Lunatic asylums Bombay report 1878-1890 - 1878-1890
Year: 1878
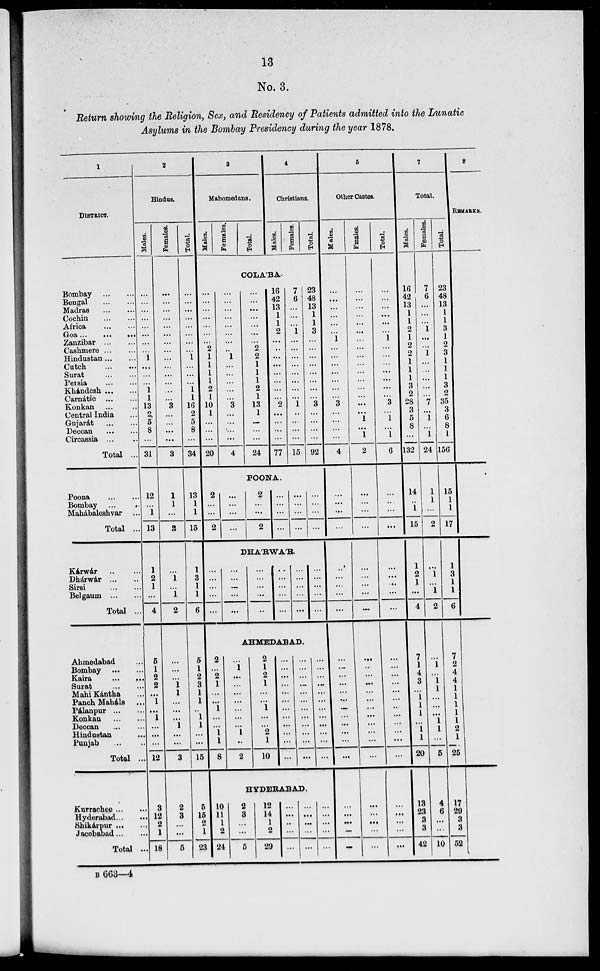
13
No. 3.
Return showing the Religion, Sex, and Residency of Patients admitted into the Lunatic
Asylums in the Bombay Presidency during the year 1878.
1
DISTRICT.
Bombay
...
...
Bengal
...
...
Madras
...
...
Cochin
...
...
Africa
...
...
Goa...
...
...
Zanzibar
...
...
Cashmere ... ...
Hindustan ... ...
Cutch
...
...
Surat
...
...
Persia
...
...
Khándesh ... ...
Carnátic ... ...
Konkan ... ...
Central India ...
Gujarat
...
...
Deccan
...
...
Circassia ... ...
Total ...
Poona
...
...
Bombay ... ...
Mahábaleshvar ...
Total ...
Kárwár ... ...
Dhárwár ... ...
Sirsi
...
...
Belgaum ... ...
Total ...
Ahmedabad ...
Bombay
...
...
Kaira
...
...
Surat
...
...
Mahi Kántha ...
Panch Maháls ...
Pálanpur...
...
Konkan
...
...
Deccan
...
...
Hindustan ...
Punjab ... ...
Total ...
Kurrachee ... ...
Hyderabad... ...
Shikárpur ... ...
Jacobabad... ...
Total ...
2
Hindus.
Males.
...
...
...
...
...
...
...
...
1
...
...
...
1
1
13
2
5
8
...
31
12
...
1
13
1
2
1
...
4
5
1
2
2
...
1
...
1
...
...
...
12
3
12
2
1
18
Females.
...
...
...
...
...
...
...
...
...
...
...
...
...
...
3
...
...
...
...
3
1
1
...
2
...
1
...
1
2
...
...
...
1
1
...
...
...
1
...
...
3
2
3
...
...
5
Total.
...
...
...
...
...
...
...
...
1
...
...
...
1
1
16
2
5
8
...
34
13
1
1
15
1
3
1
1
6
5
1
2
3
1
1
...
1
1
...
...
15
5
15
2
1
23
3
Mahomedans.
Males.
Females.
Total.
4
Christians.
Males.
Females.
Total.
COLA'BA.
...
...
...
...
...
...
...
2
1
1
1
1
2
1
10
1
...
...
...
20
...
...
...
...
...
...
...
...
1
...
...
...
...
...
3
...
...
...
...
4
...
...
...
...
...
...
...
2
2
1
1
1
2
1
13
1
...
...
...
24
16
42
13
1
1
2
...
...
...
...
...
...
...
...
2
...
...
...
...
77
7
6
...
...
...
1
...
...
...
...
...
...
...
...
1
...
...
...
...
15
23
48
13
1
1
3
...
...
...
...
...
...
...
...
3
...
...
...
...
92
POONA.
2
...
...
2
...
...
...
...
2
...
...
2
...
...
...
...
...
...
...
...
...
...
...
...
DHA'RWA'R.
...
...
...
...
...
...
...
...
...
...
...
...
...
...
...
...
...
...
...
...
...
...
...
...
...
...
...
...
...
...
AHMEDABAD.
2
...
2
1
...
...
1
...
...
1
1
8
...
1
...
...
...
...
...
...
...
1
...
2
2
1
2
1
...
...
1
...
...
2
1
10
...
...
...
...
...
...
...
...
...
...
...
...
...
...
...
...
...
...
...
...
...
...
...
...
...
...
...
...
...
...
...
...
...
...
...
...
HYDERABAD.
10
11
1
2
24
2
3
...
...
5
12
14
1
2
29
...
...
...
...
...
...
...
...
...
...
...
...
...
...
...
5
Other Castes.
Males.
...
...
...
...
...
...
1
...
...
...
...
...
...
...
3
...
...
...
...
4
...
...
...
...
...
...
...
...
...
...
...
...
...
...
...
...
...
...
...
...
...
...
...
...
...
...
Fmales.
...
...
...
...
...
...
...
...
...
...
...
...
...
...
...
...
1
...
1
2
...
...
...
...
...
...
...
...
...
...
...
...
...
...
...
...
...
...
...
...
...
...
...
...
...
...
Total.
...
...
...
...
...
...
1
...
...
...
...
...
...
...
3
...
1
...
1
6
...
...
...
...
...
...
...
...
...
...
...
...
...
...
...
...
...
...
...
...
...
...
...
...
...
...
7
Total.
Males.
16
42
13
1
1
2
1
2
2
1
1
1
3
2
28
3
5
8
...
132
14
...
1
15
1
2
1
...
4
7
1
4
3
...
1
1
1
...
1
1
20
13
23
3
3
42
Females.
7
6
...
...
...
1
...
...
1
...
...
...
...
...
7
...
1
...
1
24
1
1
...
2
...
1
...
1
2
...
1
...
1
1
...
...
...
1
1
...
5
4
6
...
...
10
Total.
23
48
13
1
1
3
1
2
3
1
1
1
3
2
35
3
6
8
1
156
15
1
1
17
1
3
1
1
6
7
2
4
4
...
...
...
...
...
2
1
25
17
29
3
3
52
8
REMARKS.
B 663—4